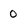
Character: 0